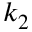
k _ { 2 }